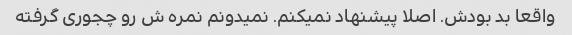
واقعا بد بودش. اصلا پیشنهاد نمیکنم. نمیدونم نمره ش رو چجوری گرفته